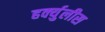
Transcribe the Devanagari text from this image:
हर्क्युलीस